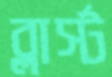
ব্লার্স্ট